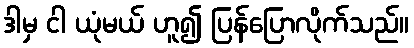
ဒါမှ ငါ ယုံမယ် ဟူ၍ ပြန်ပြောလိုက်သည်။